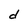
Character: d